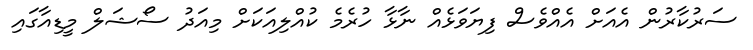
ސަރުކާރުން އެއަށް އެއްވެސް ފިޔަވަޅެއް ނާޅާ ހުރެމެ ކުއްލިއަކަށް މިއަދު ސޯޝަލް މީޑިއާގައި